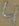
Text: 4